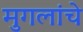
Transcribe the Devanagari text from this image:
मुगलांचे